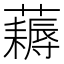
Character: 𧂭